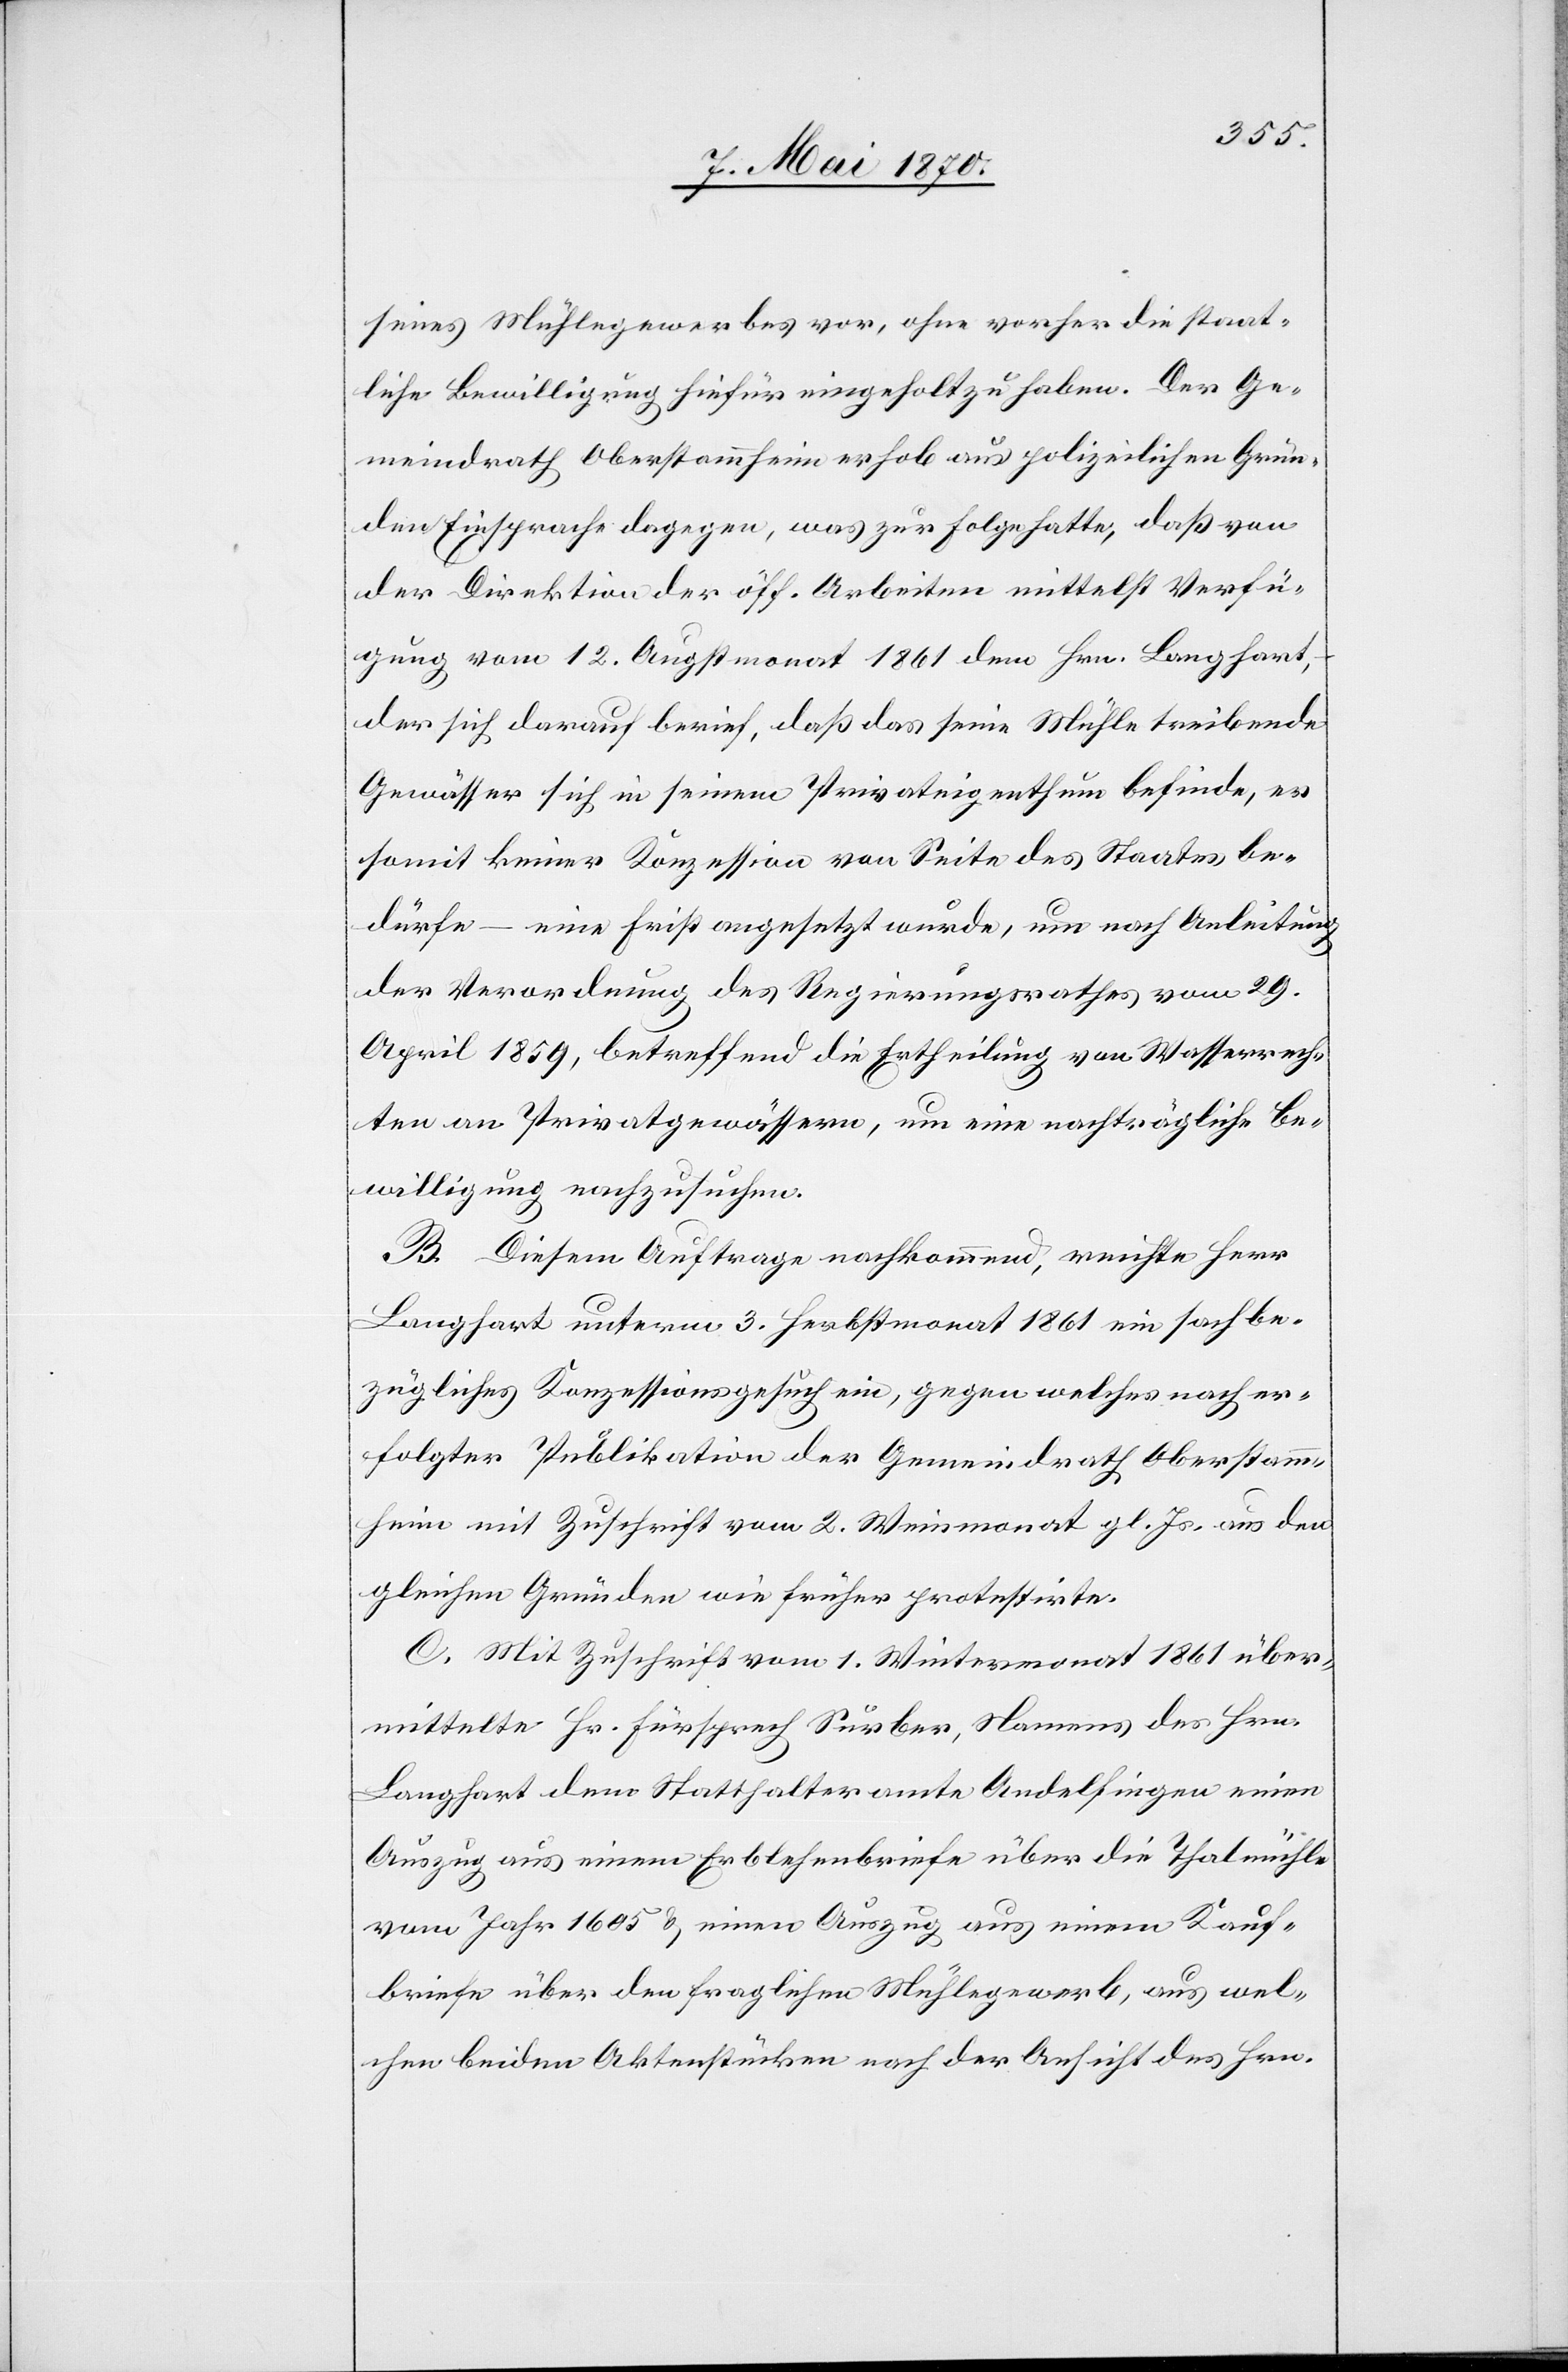
seines Mühlegewerbes vor, ohne vorher die staat¬
liche Bewilligung hiefür eingeholt zu haben. Der Ge¬
meindrath Oberstammheim erhob aus polizeilichen Grün¬
den Einspruch dagegen, was zur Folge hatte, daß von
der Direktion der öff. Arbeiten mittelst Verfü¬
gung vom 12. Augstmonat 1861 dem Hrn. Langhart,
der sich darauf berief, daß das seine Mühle treibende
Gewässer sich in seinem Privateigenthum befinde, er
somit keiner Konzession von Seite des Staates be¬
dürfe – eine Frist angesetzt wurde, um nach Anleitung
der Verordnung des Regierungsrathes vom 29.
April 1859, betreffend die Ertheilung von Wasserrech¬
ten an Privatgewässern, um eine nachträgliche Be¬
willigung nachzusuchen.
B. Diesem Auftrage nachkommend, reichte Herr
Langhart unterm 3. Herbstmonat 1861 ein sachbe¬
zügliches Konzessionsgesuch ein, gegen welches nach er¬
folgter Publikation der Gemeindrath Oberstamm¬
heim mit Zuschrift vom 2. Weinmonat gl. Js. aus den
gleichen Gründen wie früher protestirte.
C. Mit Zuschrift vom 1. Wintermonat 1861 über¬
mittelte Hr. Fürsprech Surber, Namens des Hrn.
Langhart dem Statthalteramte Andelfingen einen
Auszug aus einem Erblehenbriefe über die Thalmühle
vom Jahr 1605 & einem Auszug aus einem Kauf¬
briefe über den fraglichen Mühlegewerb, aus wel¬
chen beiden Aktenstücken nach der Ansicht des Hrn.